Report on plague and inoculation in the Punjab from October 1st ... to September 30th..., being the ... season of plague in the province
Disease focus: Plague
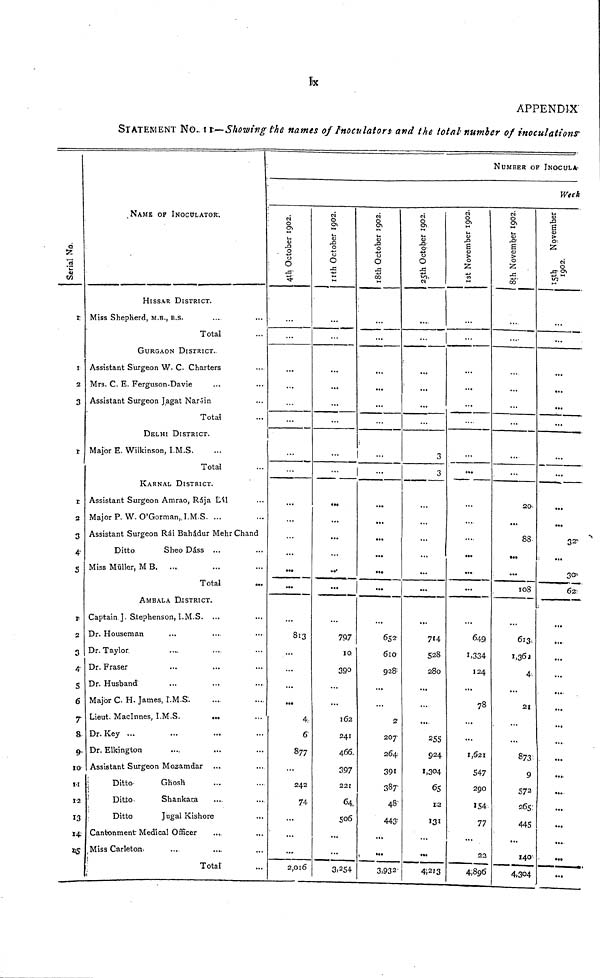
APPENDIX
STATEMENT No. 11-Showing the names of Inoculators and the total number of inoculations
Serial No.
1.
1
2
3
1
t
2
3
4
S
1
2
3
4
S
6
7
8
9
10
11
12
13
14
15
NAME OF INOCULATOR.
HISSAR DISTRICT.
Miss Shepherd, M.B., B.S.
Total
GURGAON DISTRICT.
Assistant Surgeon W. C. Charters
Mrs. C. E. Ferguson-Davie
Assistant Surgeon Jagat Narain
Total
DELHI DISTRICT.
Major E. Wilkinson, I.M.S.
Total
KARNAL DISTRICT.
Assistant Surgeon Amrao, Rája Lál
Major P. W. O'Gorman, I.M.S. ...
Assistant Surgeon Rái Bahádur Mehr Chand
Ditto
Sheo Dáss ...
Miss Müller, M B.
Total
AMBALA DISTRICT.
Captain J. Stephenson, I.M.S. ...
Dr. Houseman
Dr. Taylor
Dr. Fraser
Dr. Husband
Major C H. James, I.M.S.
Lieut. MacInnes, I.M.S.
...
... '
Dr. Key ...
Dr. Elkington
Assistant Surgeon Mazamdar
Ditto
Ghosh
Ditto
Shankara
Ditto
Jugal Kishore
Cantonment Medical Officer
Miss Carleton
Total
NUMBER OF INOCULA-
Week
4th October 1902.
...
...
...
...
813
...
4.
6
877
242
74
...
...
2,016
11th October 1902.
...
...
...
...
...
797
10
390
162
241
466
397
221
64
506
...
...
3,254
18th October 1902.
632
610
928
2
207
264
391
387
48
443
3,932
25th October 1902.
3
3
714
528
280
255
924
1,304
65
10
131
4,213
1st November 1902.
649
1,334
124
78
1,621
547
290
154
77
4,895
8th November 1902.
30
88
...
108
1,362
4
873
9
572
265
445
140
4,304
,_
15th November
32
30
62
...
...
...
...
...
...
...